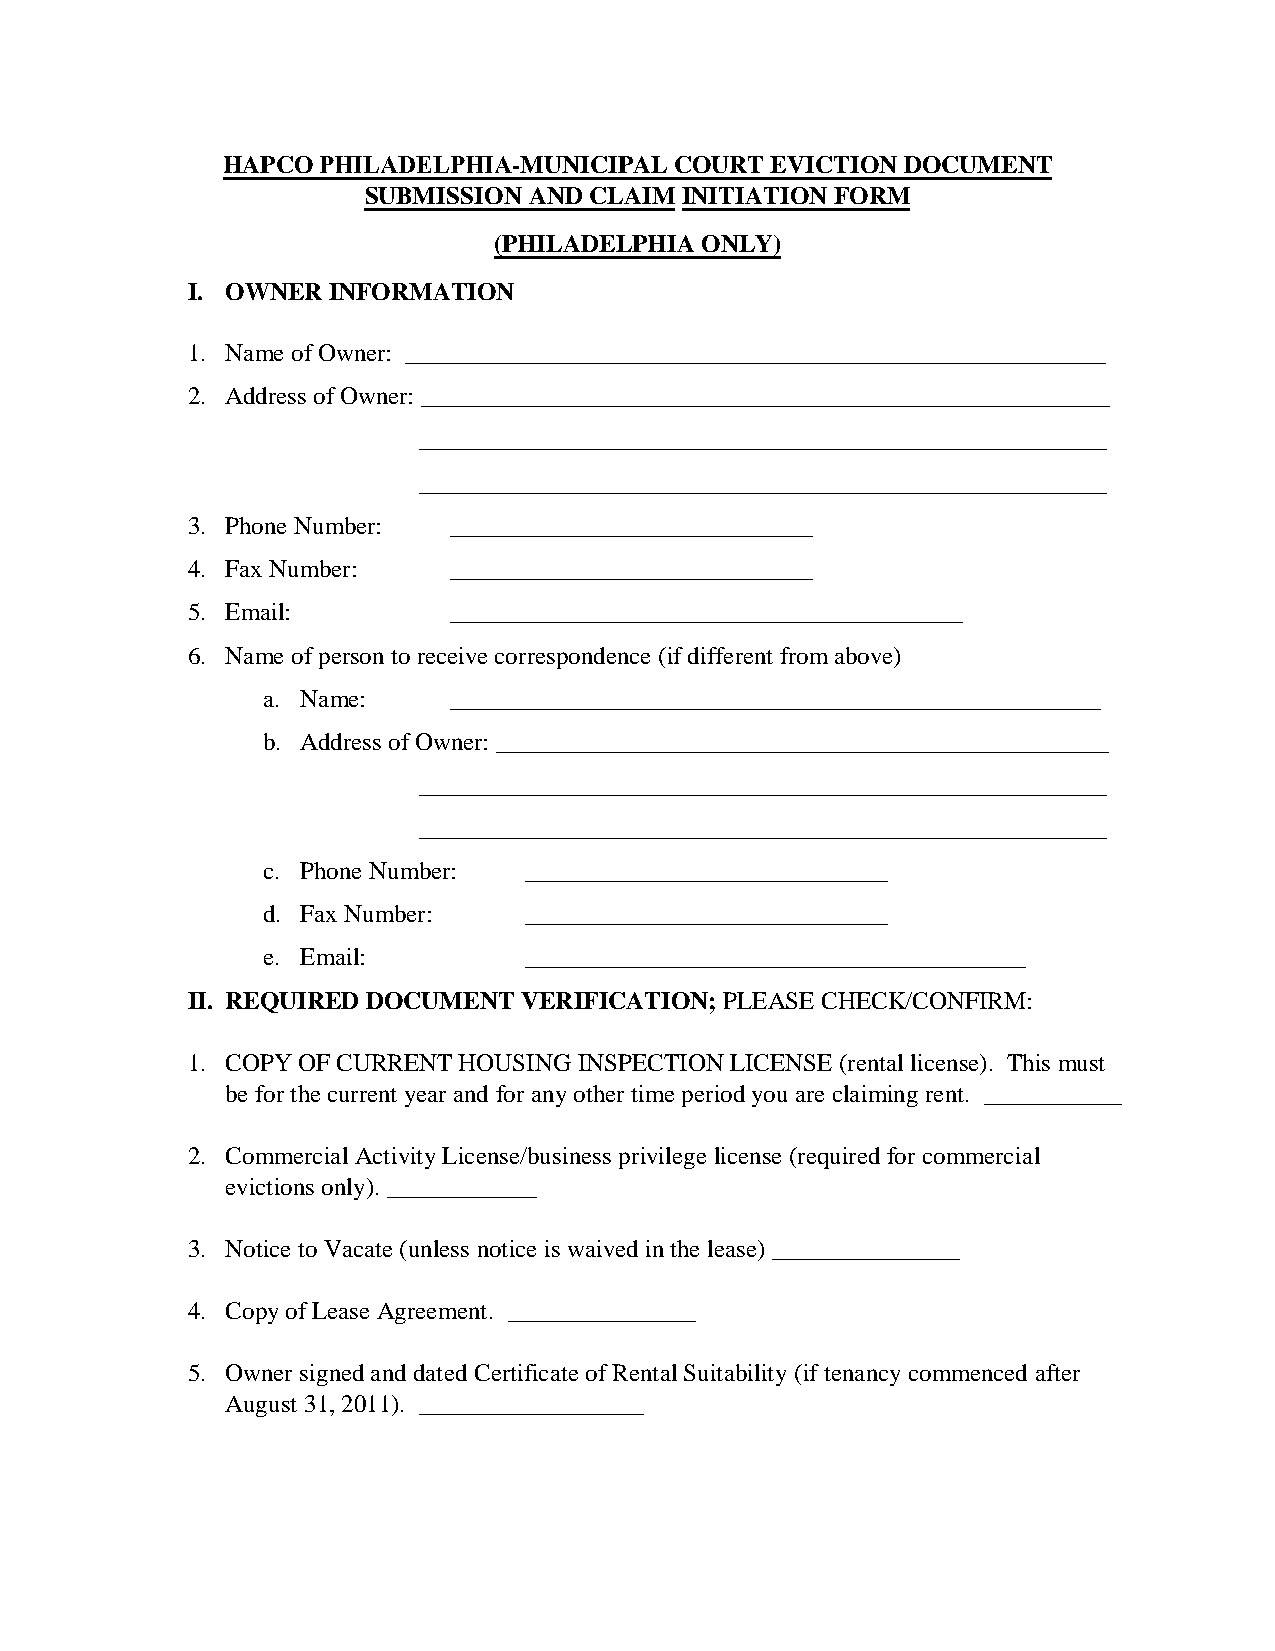
HAPCO PHILADELPHIA-MUNICIPAL  COURT EVICTION DOCUMENT
 SUBMISSION AND CLAIM INITIATION FORM
 (PHILADELPHIA ONLY)
 I. OWNER  INFORMATION
 1. Name of Owner: ________________________________________________________
 2. Address of Owner: _______________________________________________________
 _______________________________________________________
 _______________________________________________________
 3. Phone Number:  _____________________________
 4. Fax Number:    _____________________________
 5. Email:         _________________________________________
 6. Name of person to receive correspondence (if different from above)
 a. Name:     ____________________________________________________
 b. Address of Owner: _________________________________________________
 _______________________________________________________
 _______________________________________________________
 c. Phone Number:  _____________________________
 d. Fax Number:    _____________________________
 e. Email:         ________________________________________
 II. REQUIRED DOCUMENT VERIFICATION; PLEASE CHECK/CONFIRM:
 1. COPY OF CURRENT HOUSING INSPECTION LICENSE (rental license). This must
 be for the current year and for any other time period you are claiming rent. ___________
 2. Commercial Activity License/business privilege license (required for commercial
 evictions only). ____________
 3. Notice to Vacate (unless notice is waived in the lease) _______________
 4. Copy of Lease Agreement. _______________
 5. Owner signed and dated Certificate of Rental Suitability (if tenancy commenced after
 August 31, 2011). __________________